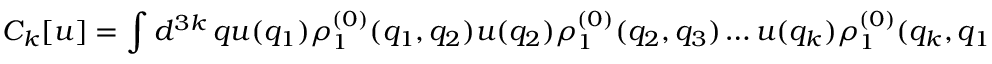
C _ { k } [ u ] = \int d ^ { 3 k } \, q u ( q _ { 1 } ) \rho _ { 1 } ^ { ( 0 ) } ( q _ { 1 } , q _ { 2 } ) u ( q _ { 2 } ) \rho _ { 1 } ^ { ( 0 ) } ( q _ { 2 } , q _ { 3 } ) \ldots u ( q _ { k } ) \rho _ { 1 } ^ { ( 0 ) } ( q _ { k } , q _ { 1 } )